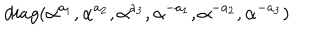
LaTeX: d i a g ( \alpha ^ { a _ { 1 } } , \alpha ^ { a _ { 2 } } , \alpha ^ { a _ { 3 } } , \alpha ^ { - a _ { 1 } } , \alpha ^ { - a _ { 2 } } , \alpha ^ { - a _ { 3 } } )